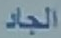
الجاد